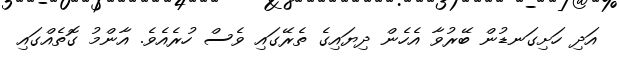
އަދި ހަށިގަނޑުން ބޭރުވާ އެހެން ދިޔައިގެ ތެރޭގައި ވެސް ހުރެއެވެ. އާންމު ގޮތެއްގައި